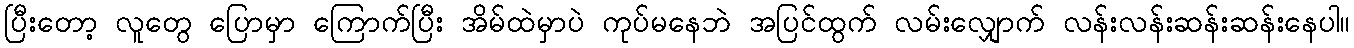
ပြီးတော့ လူတွေ ပြောမှာ ကြောက်ပြီး အိမ်ထဲမှာပဲ ကုပ်မနေဘဲ အပြင်ထွက် လမ်းလျှောက် လန်းလန်းဆန်းဆန်းနေပါ။